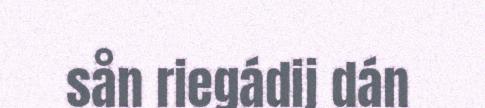
sån riegádij dán